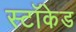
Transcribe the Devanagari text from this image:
स्टॉकेड